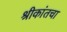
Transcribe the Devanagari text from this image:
श्रीकांतचा